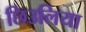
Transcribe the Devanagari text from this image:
छिउलिया